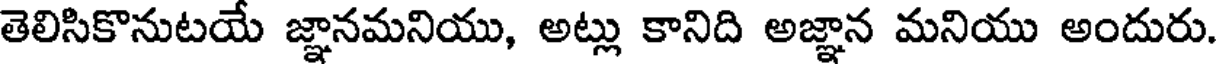
తెలిసికొనుటయే జ్ఞానమనియు, అట్లు కానిది అజ్ఞాన మనియు అందురు.